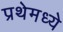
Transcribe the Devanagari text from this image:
प्रथेमध्ये